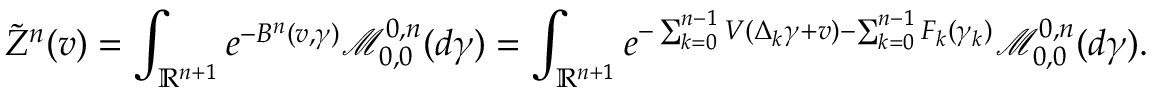
\tilde { Z } ^ { n } ( v ) = \int _ { \mathbb { R } ^ { n + 1 } } e ^ { - B ^ { n } ( v , \gamma ) } \mathcal { M } _ { 0 , 0 } ^ { 0 , n } ( d \gamma ) = \int _ { \mathbb { R } ^ { n + 1 } } e ^ { - \sum _ { k = 0 } ^ { n - 1 } V ( \Delta _ { k } \gamma + v ) - \sum _ { k = 0 } ^ { n - 1 } F _ { k } ( \gamma _ { k } ) } \mathcal { M } _ { 0 , 0 } ^ { 0 , n } ( d \gamma ) .